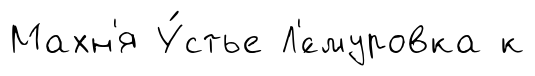
Махн'я У́стье Л'́смуровка к